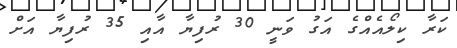
ކަރާ ކިލޯއެއްގެ އަގު ވަނީ 30 ރުފިޔާ އާއި 35 ރުފިޔާ އަށް